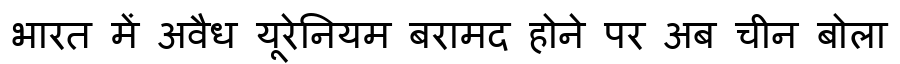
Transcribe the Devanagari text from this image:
भारत में अवैध यूरेनियम बरामद होने पर अब चीन बोला